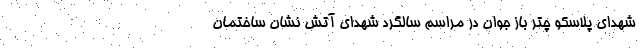
شهدای پلاسکو چتر باز جوان در مراسم سالگرد شهدای آتش نشان ساختمان